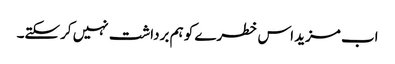
اب مزید اس خطرے کو ہم برداشت نہیں کرسکتے۔